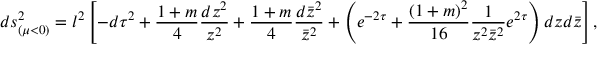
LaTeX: d s _ { ( \mu < 0 ) } ^ { 2 } = l ^ { 2 } \left[ - d \tau ^ { 2 } + \frac { 1 + m } { 4 } \frac { d z ^ { 2 } } { z ^ { 2 } } + \frac { 1 + m } { 4 } \frac { d \bar { z } ^ { 2 } } { \bar { z } ^ { 2 } } + \left( e ^ { - 2 \tau } + \frac { ( 1 + m ) ^ { 2 } } { 1 6 } \frac { 1 } { z ^ { 2 } \bar { z } ^ { 2 } } e ^ { 2 \tau } \right) d z d \bar { z } \right] ,